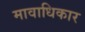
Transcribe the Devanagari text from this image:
मावाधिकार